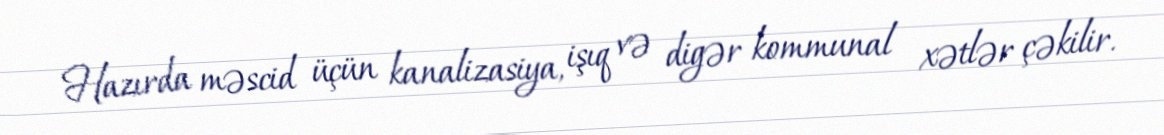
Hazırda məscid üçün kanalizasiya, işıq və digər kommunal xətlər çəkilir.